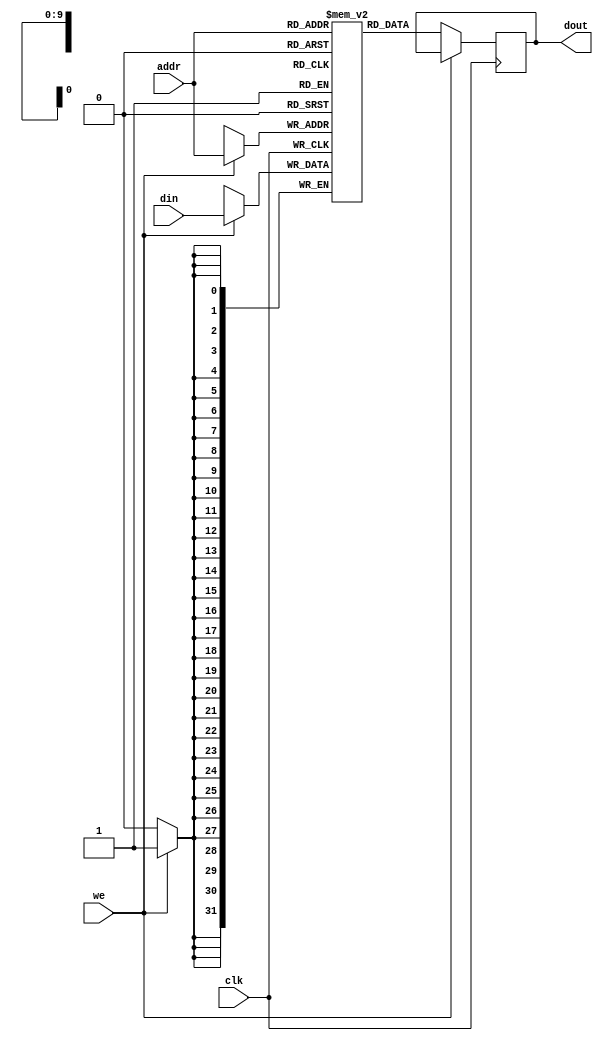
module simple_ram
#(
    parameter DATA_WIDTH = 32,       // Number of bits in each word
    parameter ADDR_WIDTH = 10        // Number of bits for the address (2^10 = 1024 locations)
)
(
    input wire clk,                 // Clock signal
    input wire we,                  // Write enable signal
    input wire [ADDR_WIDTH-1:0] addr,// Address bus
    input wire [DATA_WIDTH-1:0] din, // Data input bus
    output reg [DATA_WIDTH-1:0] dout // Data output bus
);

    // Declare RAM variable
    reg [DATA_WIDTH-1:0] ram [0:2**ADDR_WIDTH-1];

    always @(posedge clk) begin
        if (we) begin
            // Write operation
            ram[addr] <= din;
        end else begin
            // Read operation
            dout <= ram[addr];
        end
    end

endmodule